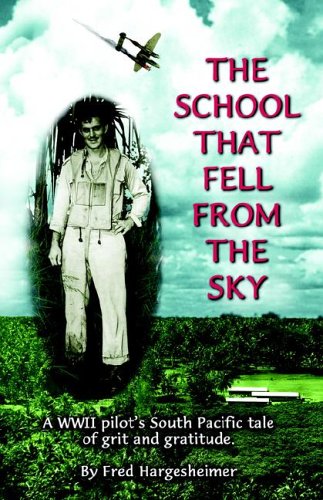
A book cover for The School That Fell From The Sky; Fred Hargesheimer; Travel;